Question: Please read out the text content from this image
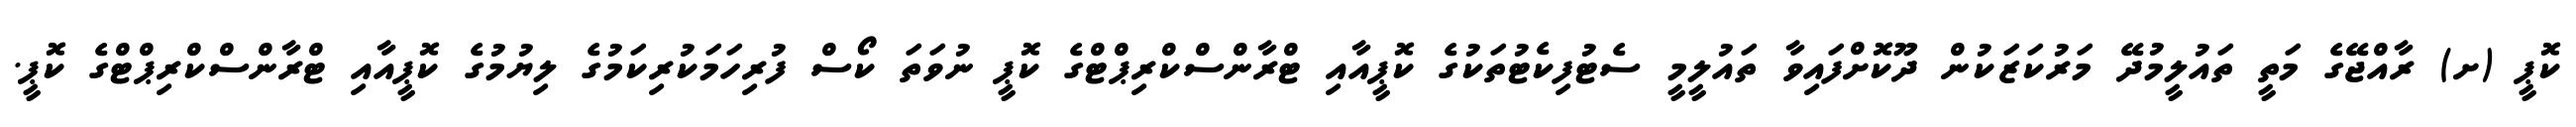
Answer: ކޮޕީ (ށ) ރާއްޖޭގެ މަތީ ތައުލީމުދޭ މަރުކަޒަކުން ދޫކޮށްފައިވާ ތައުލީމީ ސެޓުފިކެޓުތަކުގެ ކޮޕީއާއި ޓްރާންސްކްރިޕްޓްގެ ކޮޕީ ނުވަތަ ކޯސް ފުރިހަމަކުރިކަމުގެ ލިޔުމުގެ ކޮޕީއާއި ޓްރާންސްކްރިޕްޓްގެ ކޮޕީ.